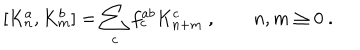
LaTeX: [ K _ { n } ^ { a } , K _ { m } ^ { b } ] = \sum _ { c } f _ { c } ^ { a b } K _ { n + m } ^ { c } \ , \qquad n , m \ge 0 \ .